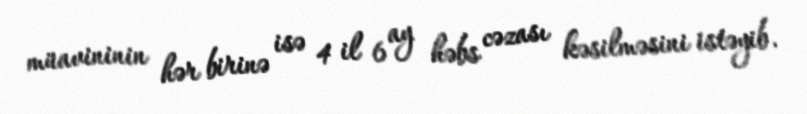
müavininin hər birinə isə 4 il 6 ay həbs cəzası kəsilməsini istəyib.